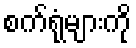
စက်ရုံများကို